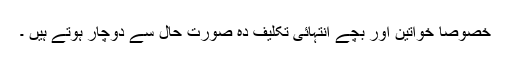
خصوصا خواتین اور بچے انتہائی تکلیف دہ صورت حال سے دوچار ہوتے ہیں ۔